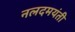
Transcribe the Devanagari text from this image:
नलदमयंती